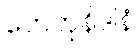
ဟေတုနိဒါနံ